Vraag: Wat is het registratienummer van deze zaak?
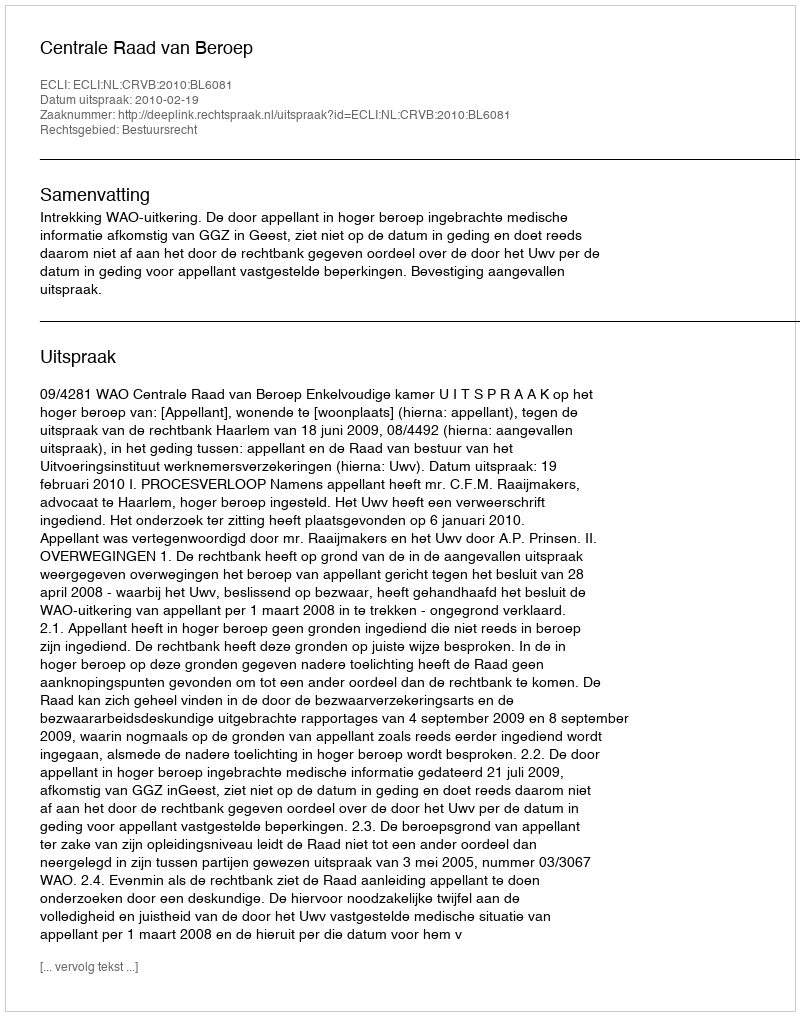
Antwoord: http://deeplink.rechtspraak.nl/uitspraak?id=ECLI:NL:CRVB:2010:BL6081